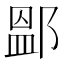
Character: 𨜵